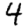
Digit: 4